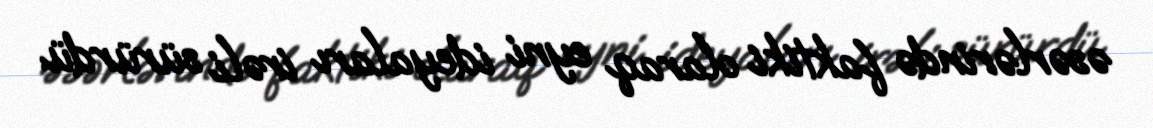
əsərlərində faktiki olaraq eyni ideyaları irəli sürürdü.